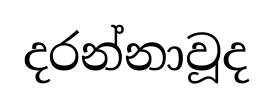
දරන්නාවූද